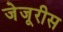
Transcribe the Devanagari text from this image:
जेजूरीस